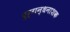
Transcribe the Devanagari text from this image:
दुर्गन्धनाशक